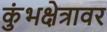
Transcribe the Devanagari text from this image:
कुंभक्षेत्रावर